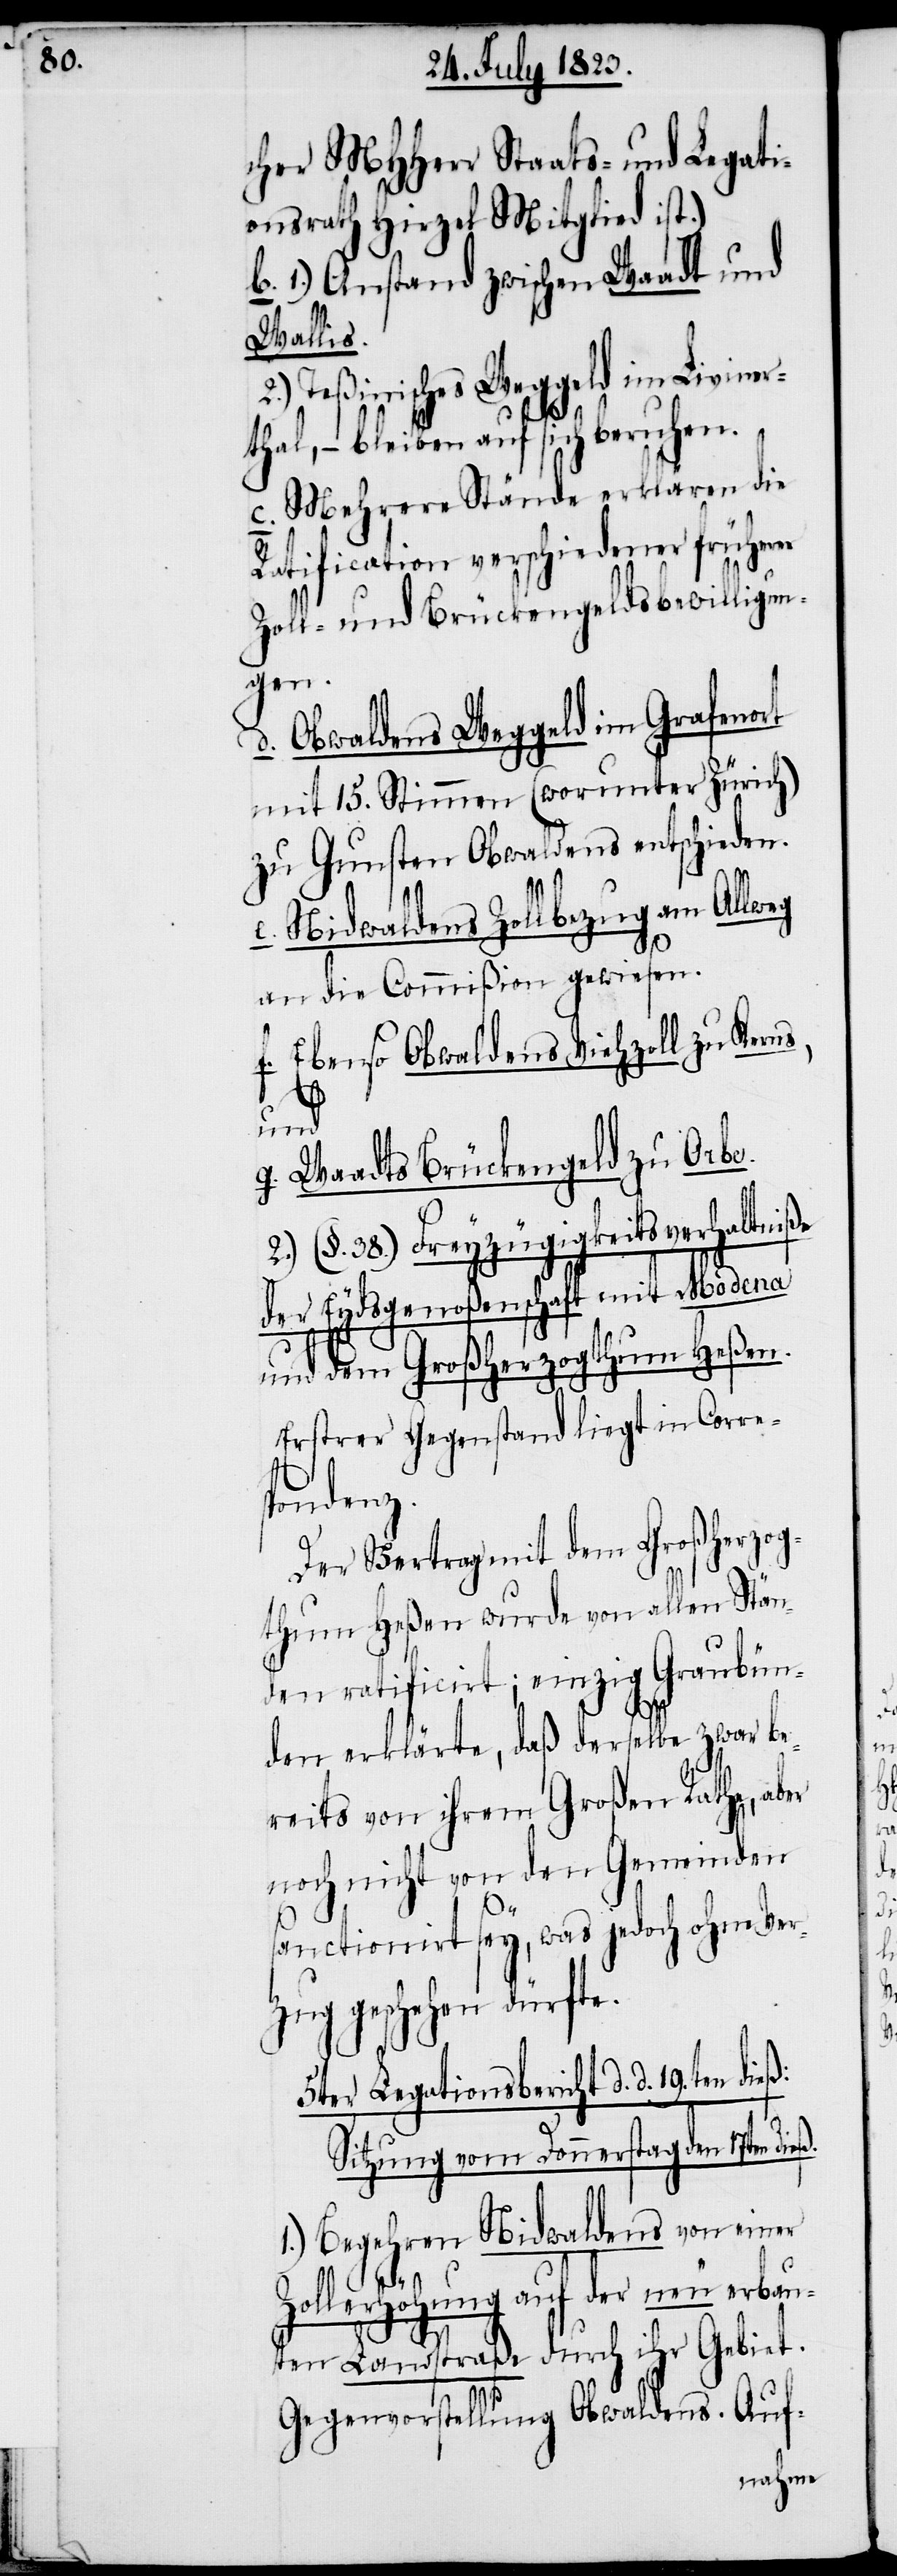
cher MHHerr Staats- und Legati¬
onsrath Hirzel Mitglied ist.)
1.) Anstand zwischen Waadt und
Wallis.
2.) Teßinisches Weggeld im Liviner¬
ß.
thal, − bleiben auf sich beruhen.
c. Mehrere Stände erklären die
Ratification verschiedener früherer
Zoll- und Brückengeldsbewilligun¬
gen.
d. Obwaldens Weggeld im Grafenort
mit 15. Stimmen (worunter Zürich)
zu Gunsten Obwaldens entschieden.
Allweg
e. Nidwaldens Zollbezug am
an die Commißion gewiesen.
f. Ebenso Obwaldens Viehzoll zu Kerns,
und
g. Waadts Brückengeld zu Orbe.
2.) (§. 38.) Freyzügigkeitsverhaltniße
der Eydsgenoßenschaft mit Modena
und dem Großherzogthum Heßen.
Ersterer Gegenstand liegt in Corre¬
spondenz.
Der Vertrag mit dem Großherzog¬
thum Heßen wurde von allen Stän¬
den ratificirt; einzig Graubün¬
den erklärte, daß derselbe zwar b¬
ereits von ihrem Großen Rathe, aber
noch nicht von den Gemeinden
b.
sanctionirt sey, was jedoch ohne Ver¬
zug geschehen dürfte.
5ter Legationsbericht d. d. 19ten dieß:
Sitzung vom Donnerstag den 17ten die¬
1.) Begehren Nidwaldens von einer
Zollerhöhung auf der neu erbau¬
ten Landstraße durch ihr Gebiet.
Gegenvorstellung Obwaldens. Auf-